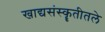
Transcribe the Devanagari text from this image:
खाद्यसंस्कॄतीतले